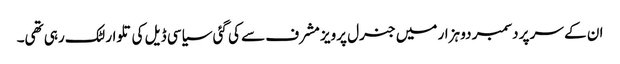
ان کے سر پر دسمبر دو ہزار میں جنرل پرویز مشرف سے کی گئی سیاسی ڈیل کی تلوار لٹک رہی تھی۔